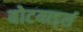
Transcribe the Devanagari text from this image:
बोटयार्ड्स